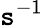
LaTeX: \mathtt{s}^{-1}